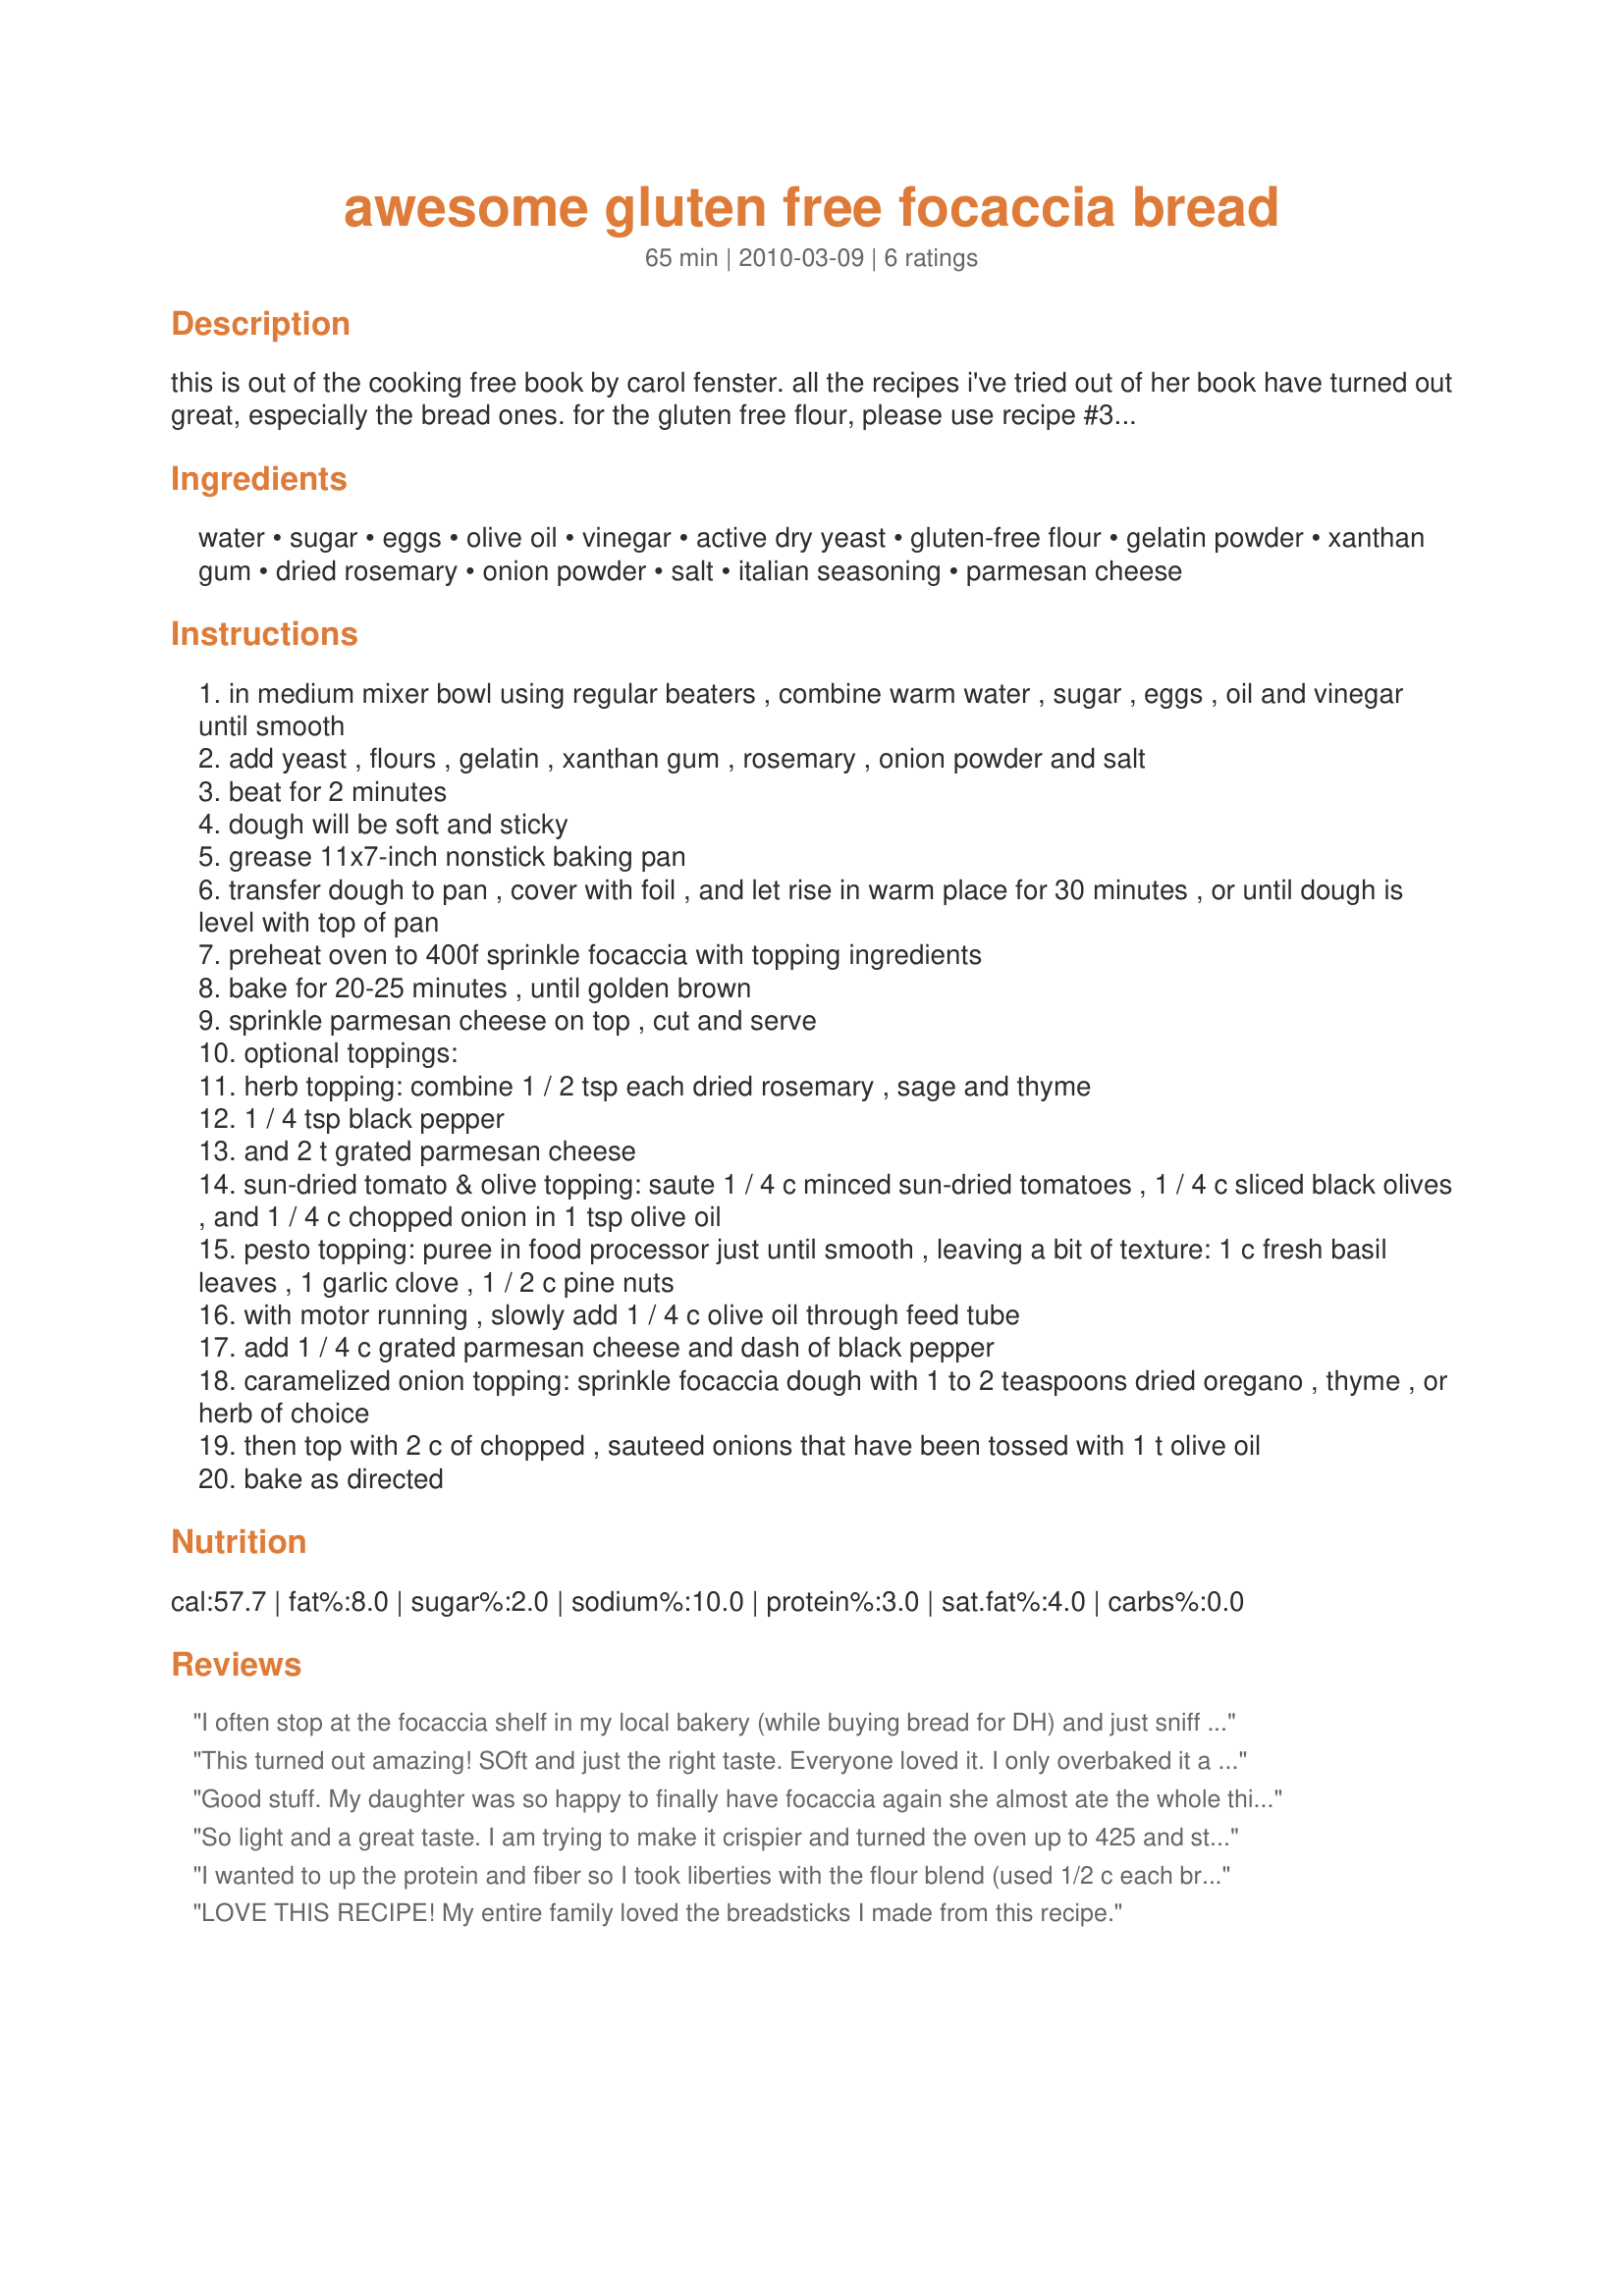
awesome gluten free focaccia bread
Preparation time: 65 minutes

this is out of the cooking free book by carol fenster. all the recipes i've tried out of her book have turned out great, especially the bread ones. for the gluten free flour, please use recipe #391326. this was so good, i had 4 large pieces myself (even though i don't need gluten free). see the end of the recipe for optional topping ingredients.

Ingredients:
water, sugar, eggs, olive oil, vinegar, active dry yeast, gluten-free flour, gelatin powder, xanthan gum, dried rosemary, onion powder, salt, italian seasoning, parmesan cheese

Steps:
in medium mixer bowl using regular beaters , combine warm water , sugar , eggs , oil and vinegar until smooth
add yeast , flours , gelatin , xanthan gum , rosemary , onion powder and salt
beat for 2 minutes
dough will be soft and sticky
grease 11x7-inch nonstick baking pan
transfer dough to pan , cover with foil , and let rise in warm place for 30 minutes , or until dough is level with top of pan
preheat oven to 400f sprinkle focaccia with topping ingredients
bake for 20-25 minutes , until golden brown
sprinkle parmesan cheese on top , cut and serve
optional toppings:
herb topping: combine 1 / 2 tsp each dried rosemary , sage and thyme
1 / 4 tsp black pepper
and 2 t grated parmesan cheese
sun-dried tomato & olive topping: saute 1 / 4 c minced sun-dried tomatoes , 1 / 4 c sliced black olives , and 1 / 4 c chopped onion in 1 tsp olive oil
pesto topping: puree in food processor just until smooth , leaving a bit of texture: 1 c fresh basil leaves , 1 garlic clove , 1 / 2 c pine nuts
with motor running , slowly add 1 / 4 c olive oil through feed tube
add 1 / 4 c grated parmesan cheese and dash of black pepper
caramelized onion topping: sprinkle focaccia dough with 1 to 2 teaspoons dried oregano , thyme , or herb of choice
then top with 2 c of chopped , sauteed onions that have been tossed with 1 t olive oil
bake as directed

Reviews:
I often stop at the focaccia shelf in my local bakery (while buying bread for DH) and just sniff the focaccia for old times sake! I made this today; despite my usual trepidation about yeast breads (I can screw up a bread machine). However this was a lovely recipe. I used Teff flour, arrow root and Besan flour. The teff makes is sort of brown breadish but otherwise tasted ok. I used the sun-dried tomato option and I am loving it! It rose a bit; no doubling but I expected that but it was reasonably fluffy at the end of baking. Thanks for this recipe: now I can sniff my own and eat it too!
This turned out amazing! SOft and just the right taste. Everyone loved it. I only overbaked it a bit unfortunately so a bit brown on the top. Thanks for the recipe
Good stuff. My daughter was so happy to finally have focaccia again she almost ate the whole thing! EDIT: We added the Dough Enhancer for Gluten-Free Bread posted by fantasticalice. Not sure if it helped as it's the first time we used it though.
So light and a great taste. I am trying to make it crispier and turned the oven up to 425 and still experimenting, but, it's great as it is. Last time I put peppers and onions with garlic.
I wanted to up the protein and fiber so I took liberties with the flour blend (used 1/2 c each brown rice and garbanzo flour, and 1/4 c each mung bean flour and ground flax). It didn&#039;t rise too much after an hour but still turned out light and airy on the inside with a crispy crust. Absolutely delicious. Thanks!
LOVE THIS RECIPE! My entire family loved the breadsticks I made from this recipe.
